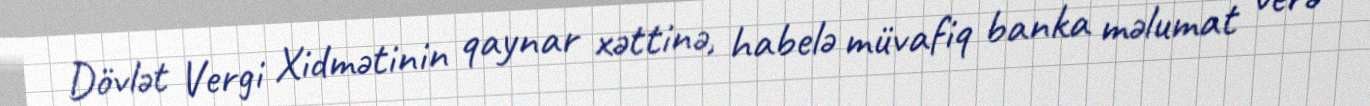
Dövlət Vergi Xidmətinin qaynar xəttinə, habelə müvafiq banka məlumat verə